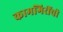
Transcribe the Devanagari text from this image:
कामगिरींची